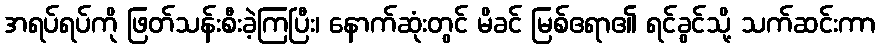
အရပ်ရပ်ကို ဖြတ်သန်းစီးခဲ့ကြပြီး၊ နောက်ဆုံးတွင် မိခင် မြစ်ဧရာ၏ ရင်ခွင်သို့ သက်ဆင်းကာ